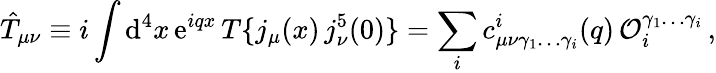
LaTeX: \hat{T}_{\mu\nu}\equiv i\int\mathrm{d}^{4}x\, \mathrm{e}^{iqx}\, T\{ j_{\mu}(x)\, j_{\nu}^{5}(0)\} =\sum_{i}c_{\mu\nu\gamma_{1}\ldots\gamma_{i}}^{i}(q)\, {\cal O}_{i}^{\gamma_{1}\ldots\gamma_{i}}\, ,